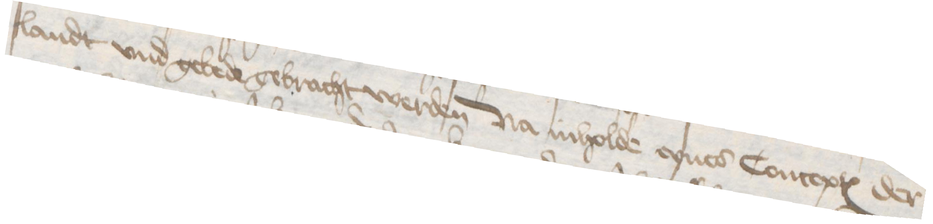
landt vnd gebede gebracht werden Na inholde eynes Conceptes der